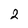
Character: 2